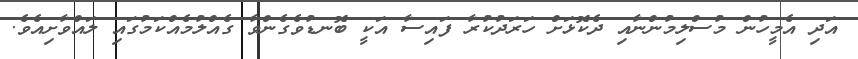
އަދި އެމީހުން މުސްލިމުންނާއި ދެކޮޅަށް ހަރަދުކުރާ ފައިސާ އަކީ ބޮނޑުވެގެންވާ ގެއްލުމެއްކަމުގައި ލައްވާށިއެވެ.